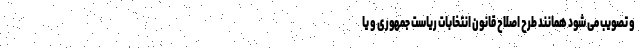
و تصویب می شود همانند طرح اصلاح قانون انتخابات ریاست جمهوری و یا